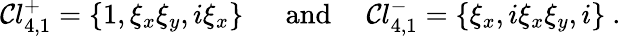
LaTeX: \mathcal{C}l_{4,1}^{+}=\{ 1,\xi_{x}\xi_{y},i\xi_{x}\} ~~~~~~\mathrm{{and}}~~~~~\mathcal{C}l_{4,1}^{-}=\{ \xi_{x},i\xi_{x}\xi_{y},i\} ~.